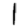
Digit: 1